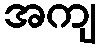
အကျ